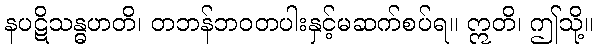
နပဋိသန္ဓဟတိ၊ တဘန်ဘဝတပါးနှင့်မဆက်စပ်ရ။ ဣတိ၊ ဤသို့။